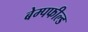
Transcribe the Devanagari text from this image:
बेम्पफील्ड